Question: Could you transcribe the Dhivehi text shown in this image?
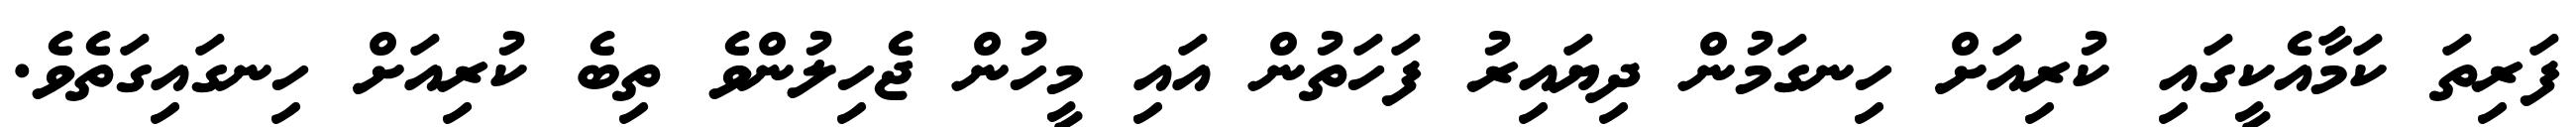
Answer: ފަރިތަ ކަމާއެކީގައި ކުރިއަށް ހިނގަމުން ދިޔައިރު ފަހަތުން އައި މީހުން ޖެހިލުންވެ ތިބެ ކުރިއަށް ހިނގައިގަތެވެ.